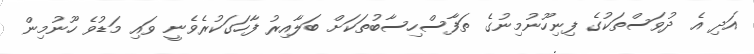
އަދި އެ ދުވަސްތަކުގެ ފިނިހޫނުމިނުގެ ތަފާސްހިސާބުތަކަށް ބަލާއިރު ފާހަގަކުރެވެނީ ވައި މަޑުވެ ހޫނުމިން